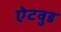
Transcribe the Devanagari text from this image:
ऐटवुड